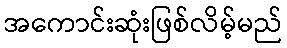
အကောင်းဆုံးဖြစ်လိမ့်မည်